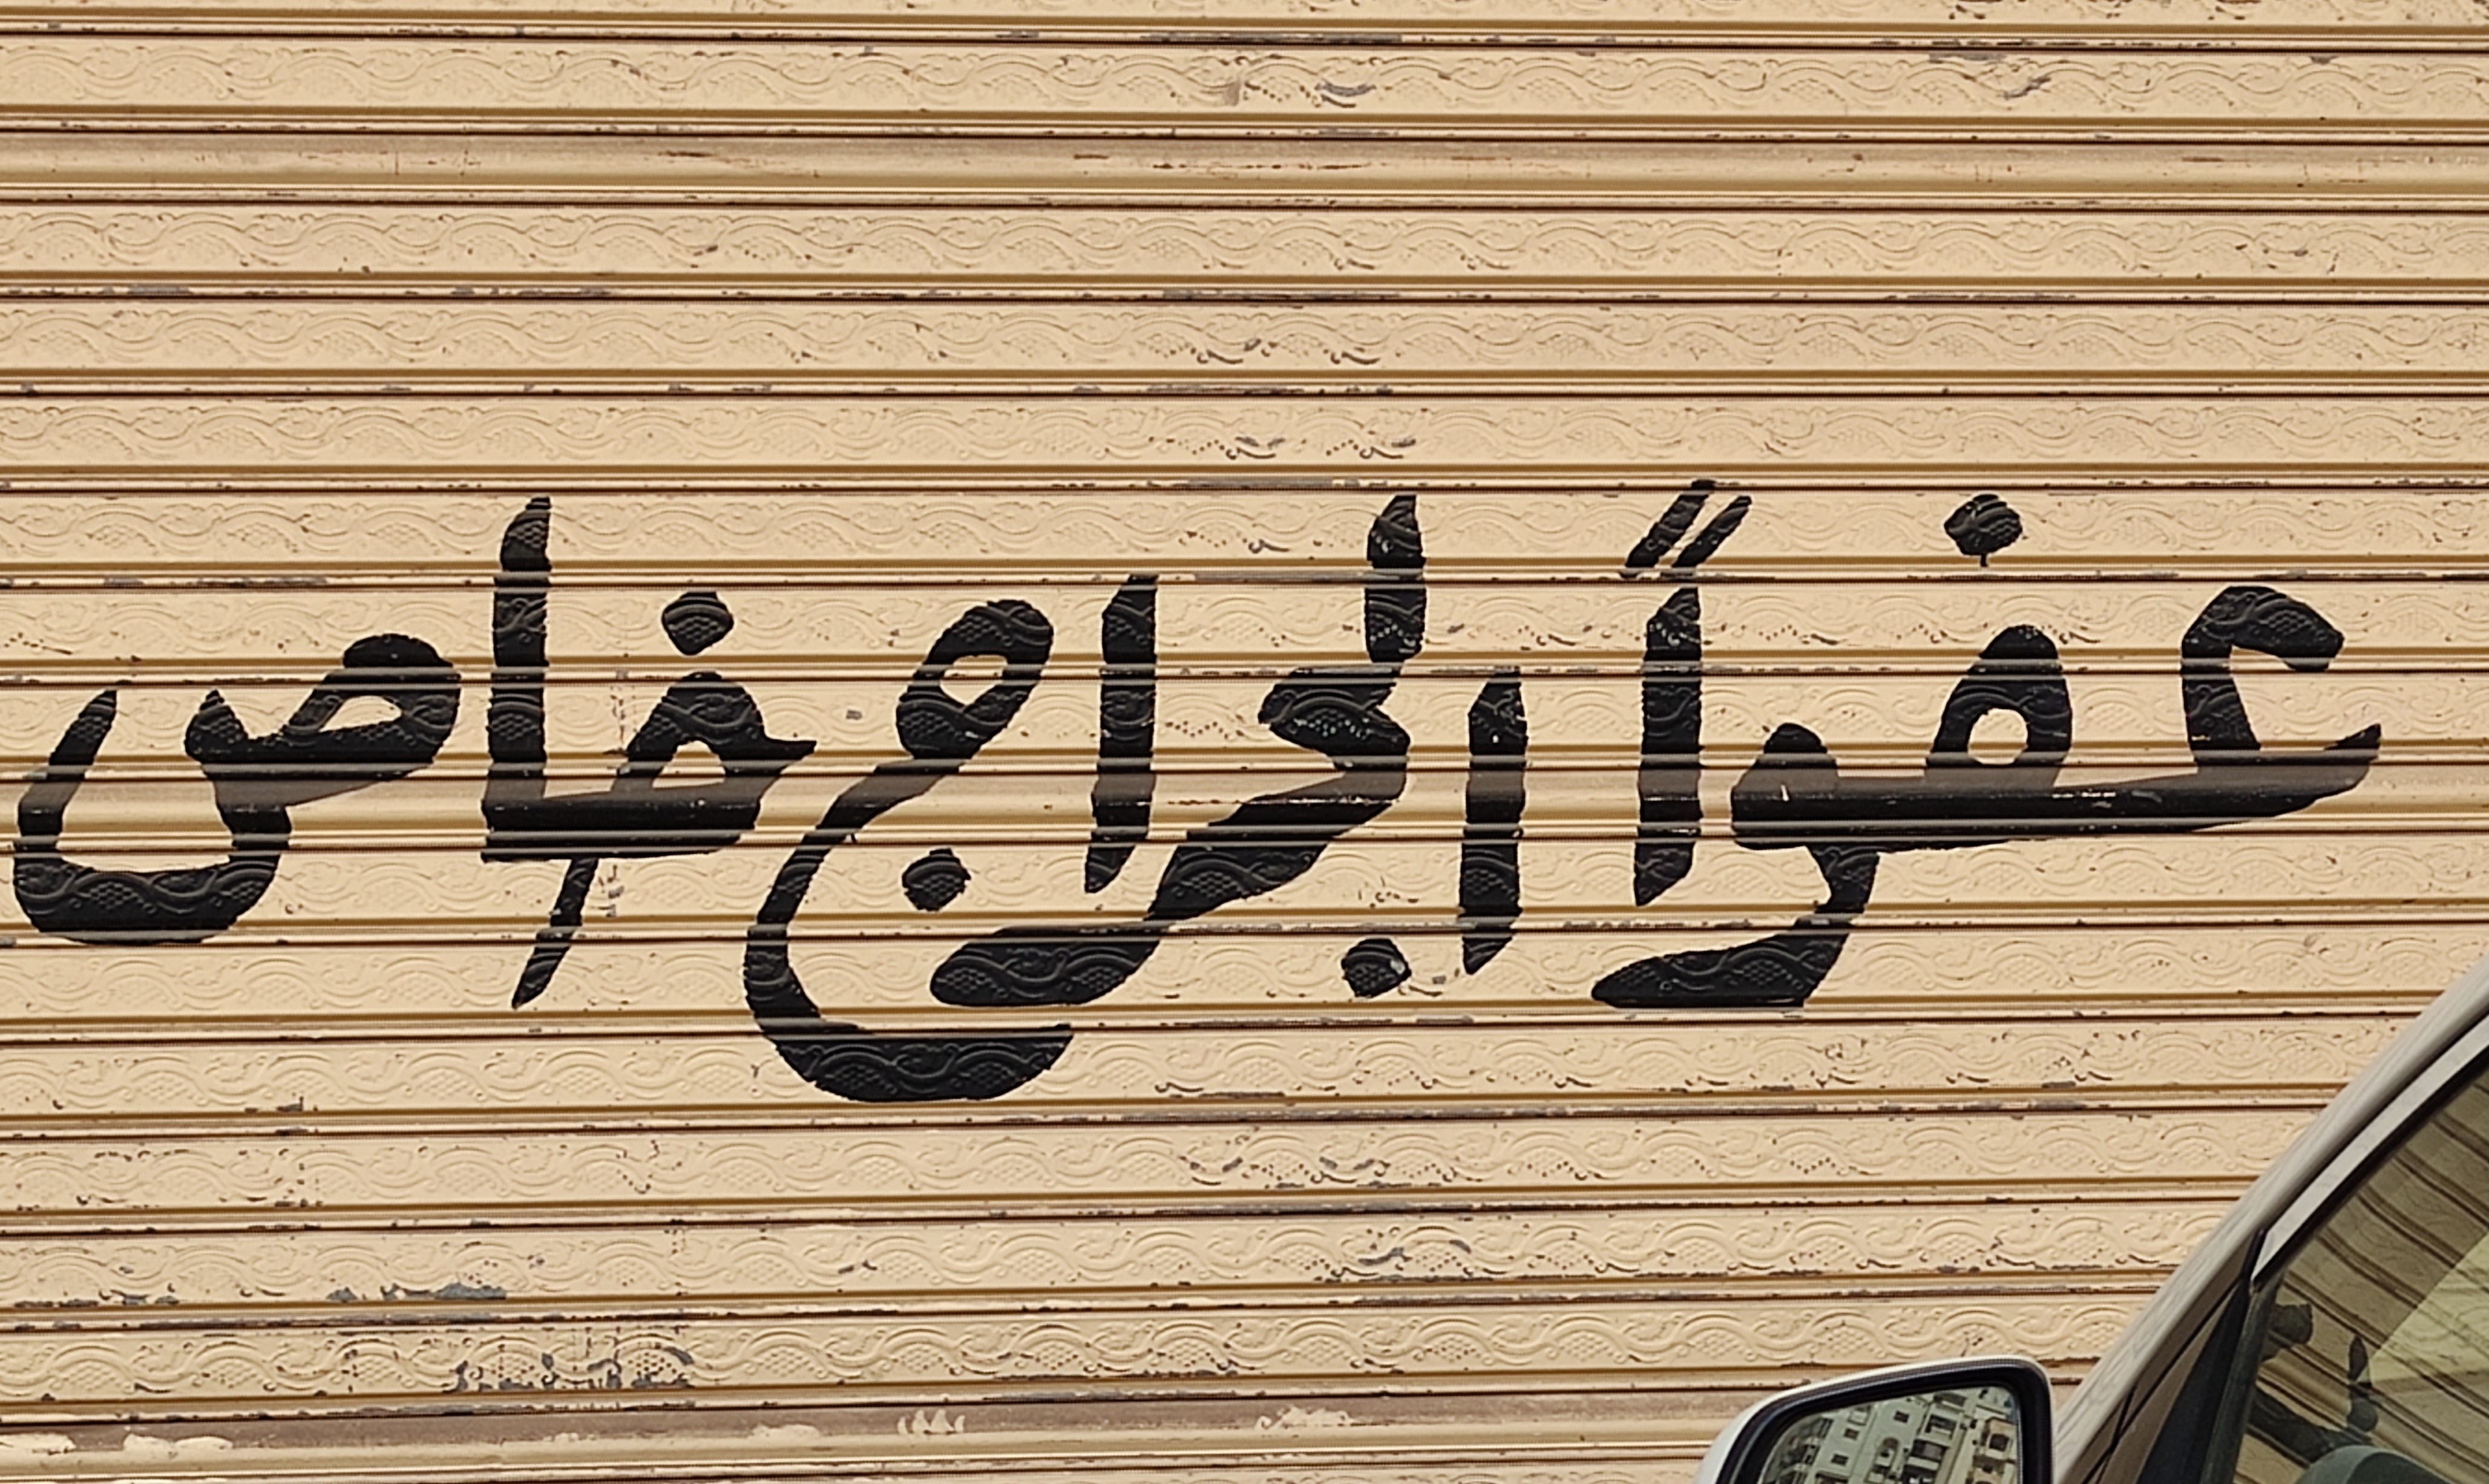
Text in image: عفوا خاص الجراج